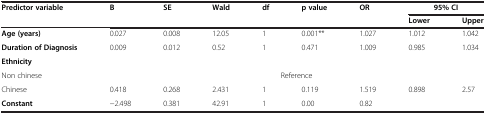
<table><thead><tr><td><b>Predictor variable</b></td><td><b>B</b></td><td><b>SE</b></td><td><b>Wald</b></td><td><b>df</b></td><td><b>p value</b></td><td><b>OR</b></td><td colspan="2"><b>95% CI</b></td></tr><tr><td><b> </b></td><td><b> </b></td><td><b> </b></td><td><b> </b></td><td><b> </b></td><td><b> </b></td><td><b> </b></td><td><b>Lower</b></td><td><b>Upper</b></td></tr></thead><tbody><tr><td><b>Age (years)</b></td><td>0.027</td><td>0.008</td><td>12.05</td><td>1</td><td>0.001**</td><td>1.027</td><td>1.012</td><td>1.042</td></tr><tr><td><b>Duration of Diagnosis</b></td><td>0.009</td><td>0.012</td><td>0.52</td><td>1</td><td>0.471</td><td>1.009</td><td>0.985</td><td>1.034</td></tr><tr><td><b>Ethnicity</b></td><td> </td><td> </td><td> </td><td> </td><td> </td><td> </td><td> </td><td> </td></tr><tr><td>Non chinese</td><td colspan="8">Reference</td></tr><tr><td>Chinese</td><td>0.418</td><td>0.268</td><td>2.431</td><td>1</td><td>0.119</td><td>1.519</td><td>0.898</td><td>2.57</td></tr><tr><td><b>Constant</b></td><td>−2.498</td><td>0.381</td><td>42.91</td><td>1</td><td>0.00</td><td>0.82</td><td> </td><td> </td></tr></tbody></table>